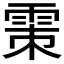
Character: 𩂴